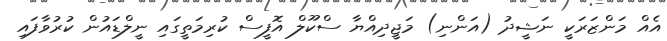
އެއް މަންޒަރަކީ ނަޝީދު (އަންނި) މަޖީދިއްޔާ ސްކޫލް އޮފީސް ކުރިމަތީގައި ނީލްޑައުން ކުރުވާފައި